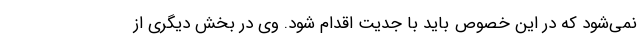
نمی‌شود که در این خصوص باید با جدیت اقدام شود. وی در بخش دیگری از